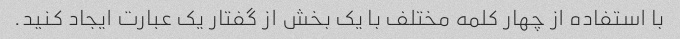
با استفاده از چهار کلمه مختلف با یک بخش از گفتار یک عبارت ایجاد کنید.